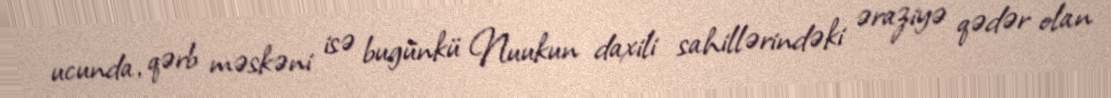
ucunda, qərb məskəni isə bugünkü Nuukun daxili sahillərindəki əraziyə qədər olan